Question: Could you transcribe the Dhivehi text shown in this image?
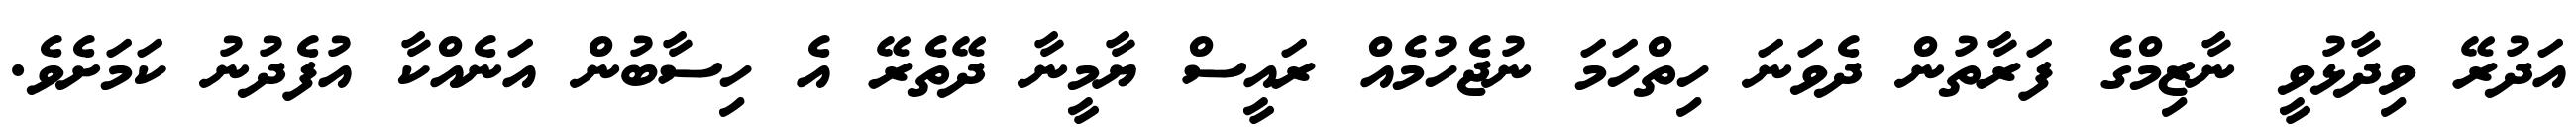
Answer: އަދުރޭ ވިދާޅުވީ ނާޒިމްގެ ފަރާތުން ދެވަނަ ހިތްހަމަ ނުޖެހުމެއް ރައީސް ޔާމީނާ ދޭތެރޭ އެ ހިސާބުން އަނެއްކާ އުފެދުނު ކަމަށެވެ.